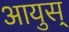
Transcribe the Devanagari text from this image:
आयुस्‌